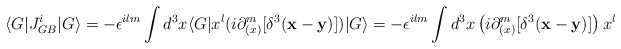
\begin{align*}\langle G \vert J_{GB}^i \vert G \rangle = - \epsilon^{ilm} \int d^3 x\langle G \vert x^l (i \partial _{(x)} ^m [\delta^3 ({\bf x-y})]) \vert G \rangle = - \epsilon^{ilm} \int d^3 x \left(i \partial _{(x)} ^m [\delta^3 ({\bf x-y})] \right) x^l\end{align*}